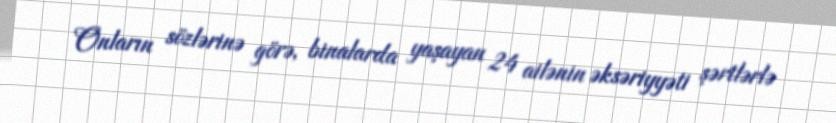
Onların sözlərinə görə, binalarda yaşayan 24 ailənin əksəriyyəti şərtlərlə